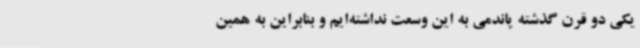
یکی دو قرن گذشته پاندمی به این وسعت نداشته‌ایم و بنابراین به همین